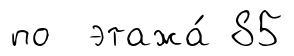
по этажа́ 85